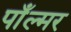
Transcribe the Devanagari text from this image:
पाँल्मर